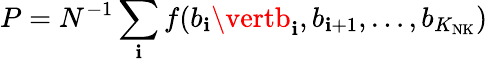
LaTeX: P=N^{-1}\sum_{\mathbf{i}}f(b_{\mathbf{i}}\vertb_{\mathbf{i}},b_{\mathbf{i}+1},\dots,b_{K_{\mathrm{{NK}}}})